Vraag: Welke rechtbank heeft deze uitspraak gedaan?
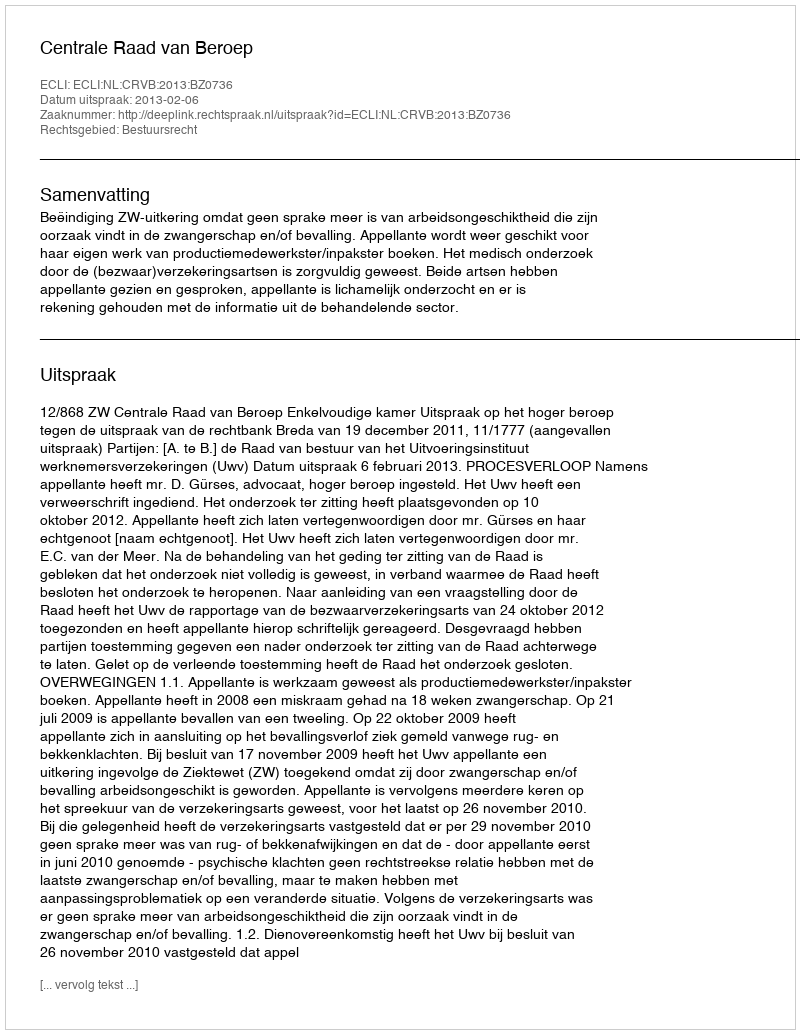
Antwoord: Centrale Raad van Beroep